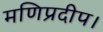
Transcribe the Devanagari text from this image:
मणिप्रदीप।